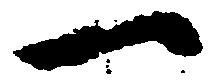
一